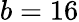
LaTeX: b=16